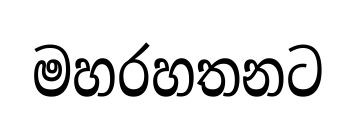
මහරහතනට